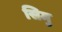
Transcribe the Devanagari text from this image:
सिमु